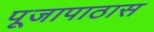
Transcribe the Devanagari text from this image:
पूजापाठास